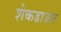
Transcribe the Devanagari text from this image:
शेकडाऊन